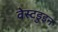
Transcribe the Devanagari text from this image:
वेस्टडुइन